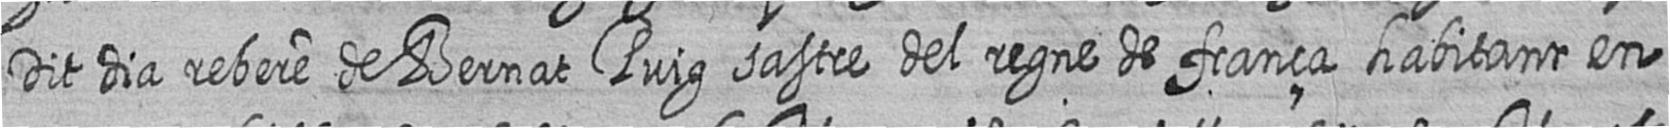
Dit dia rebere de Bernat Puig sastre del regne de frança habitant en